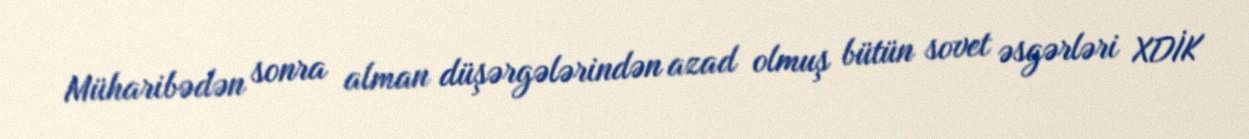
Müharibədən sonra alman düşərgələrindən azad olmuş bütün sovet əsgərləri XDİK